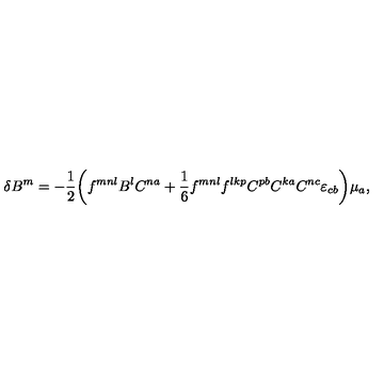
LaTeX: \delta B ^ { m } = - \frac { 1 } { 2 } \bigg ( f ^ { m n l } B ^ { l } C ^ { n a } + \frac { 1 } { 6 } f ^ { m n l } f ^ { l k p } C ^ { p b } C ^ { k a } C ^ { n c } \varepsilon _ { c b } \bigg ) \mu _ { a } ,